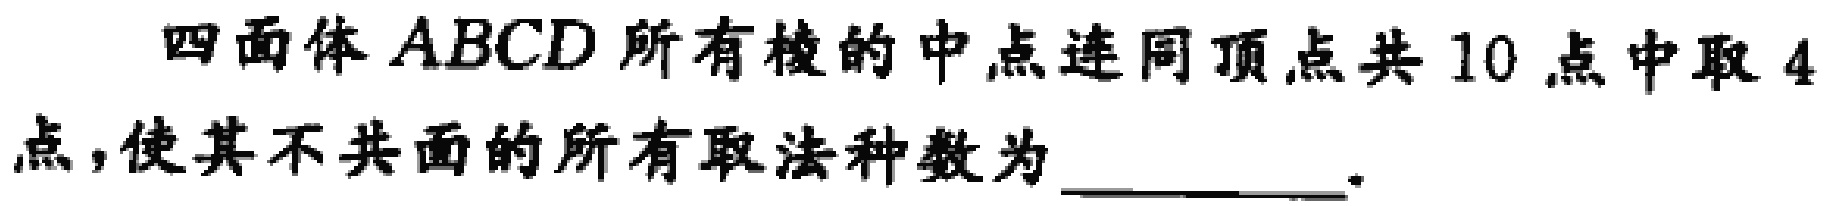
四面体 \(ABCD\) 所有棱的中点连同顶点共 \(10\) 点中取 \(4\) 点，使其不共面的所有取法种数为 \_\_\_\_\_ 。